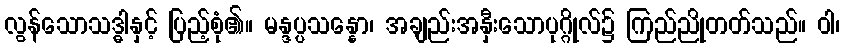
လွန်သောသဒ္ဓါနှင့် ပြည့်စုံ၏။ မန္ဒပ္ပသန္နော၊ အချည်းအနှီးသောပုဂ္ဂိုလ်၌ ကြည်ညိုတတ်သည်။ ဝါ၊